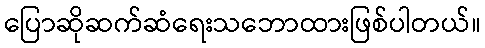
ပြောဆိုဆက်ဆံရေးသဘောထားဖြစ်ပါတယ်။